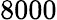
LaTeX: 8000